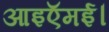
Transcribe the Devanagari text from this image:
आइऍमई।